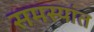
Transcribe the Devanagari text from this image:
समस्यांत